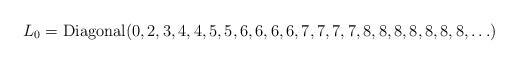
LaTeX: \begin{align*}L_0=\mbox{Diagonal}(0,2, 3, 4, 4, 5, 5, 6, 6, 6, 6, 7, 7, 7, 7, 8, 8, 8, 8, 8, 8, 8,\ldots )\end{align*}